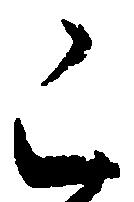
已